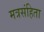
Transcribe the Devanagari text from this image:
मत्रसंहिता